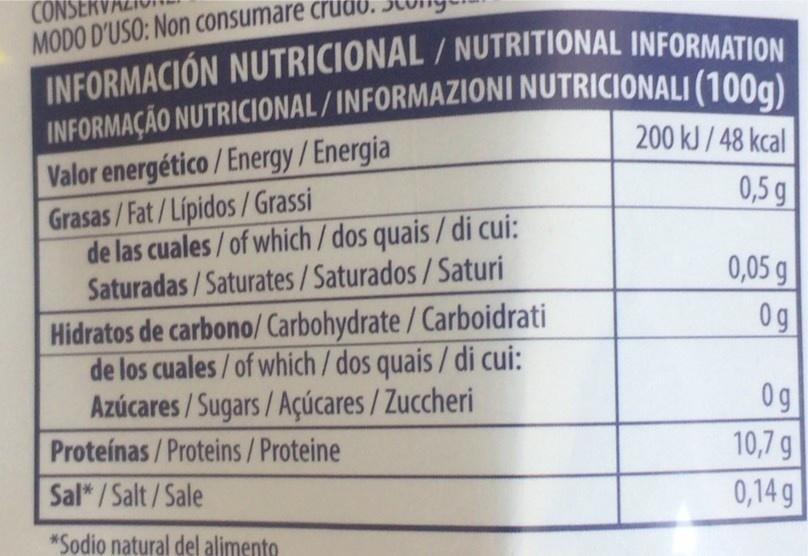
CO MODO D'USO: Non consumare crudd
INFORMACIÓN NUTRICIONAL/NUTRITIONAL INFORMATION
INFORMAÇÃO NUTRICIONAL/INFORMAZIONI NUTRICIONALI (100g)|
200 kJ / 48 kcal
Valor energético/Energy/Energia Grasas/Fat/Lipidos/Grassi de las cuales/of which / dos quais / di cui: Saturadas/Saturates/Saturados/Saturi
0,5 g
0,05 g 0g
Hidratos de carbono/ Carbohydrate/Carboidrati de los cuales/of which / dos quais / di cui: Azúcares / Sugars/Açúcares / Zuccheri Proteínas / Proteins/Proteine
0g
10,7 g
Sal*/Salt/Sale
0,14 g
*Sodio natural del alimento